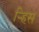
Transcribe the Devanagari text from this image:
र्‍हिस